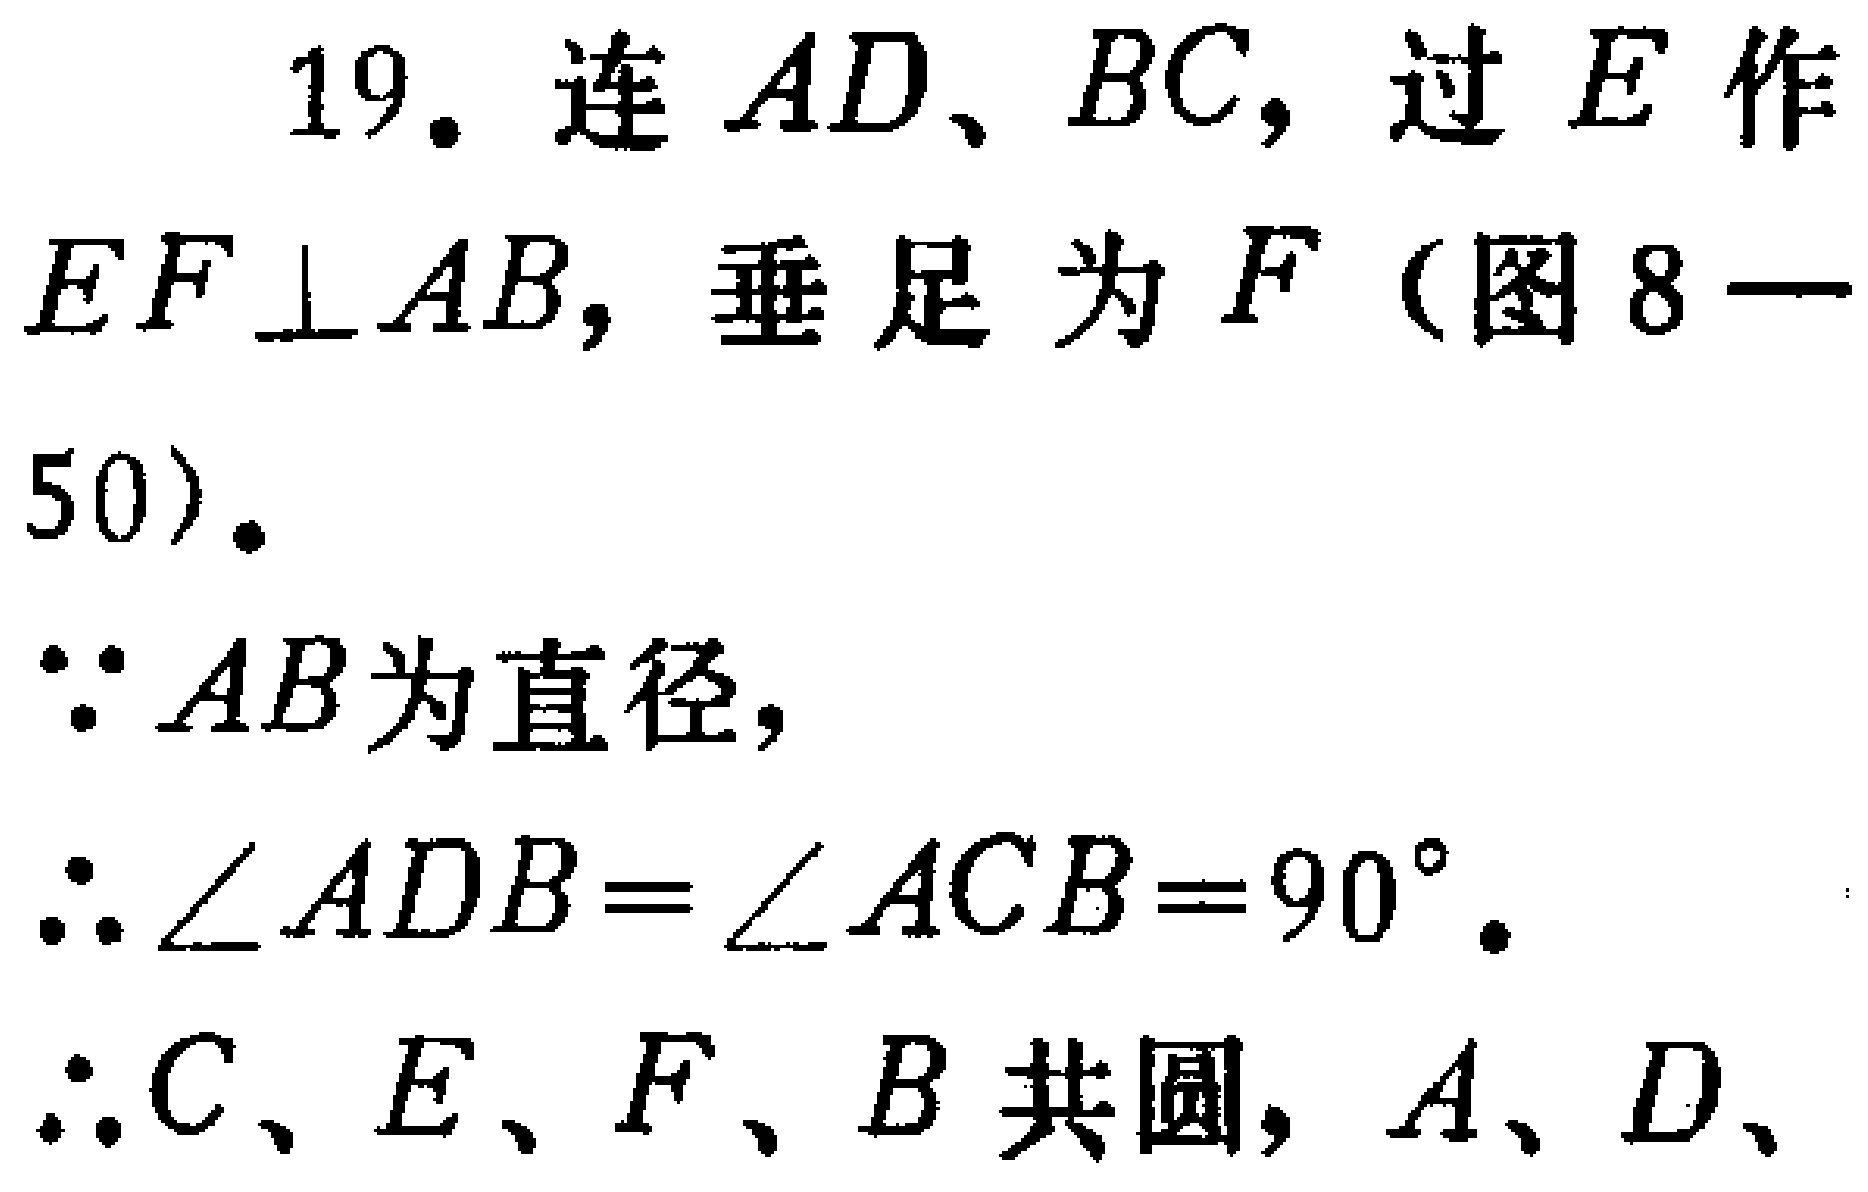
19. 连 \(AD\)、\(BC\)，过 \(E\) 作 \(EF\perp AB\)，垂足为 \(F\)（图 8—50）。

\(\because AB\)为直径，

\(\therefore \angle ADB = \angle ACB = 90^{\circ}\)。

\(\therefore C、E、F、B\) 共圆，\(A、D、\)